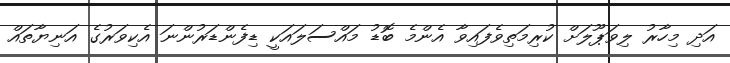
އަދި މިހާރު ލިވަޕޫލަށް ކުރިމަތިވެފައިވާ އެންމެ ބޮޑު މައްސަލައަކީ ޑިފެންޑަރުންނަ އެކިވަރުގެ އަނިޔާތައް